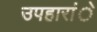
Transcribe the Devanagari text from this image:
उपहारांे